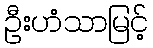
ဦးဟံသာမြင့်